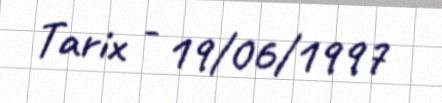
Tarix - 19/06/1997